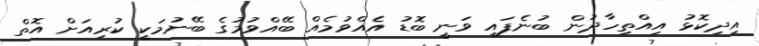
އިދިކޮޅު އިއްތިހާދުން ބުނެފައި ވަނީ ބޮޑު އެއްވުމެއް ބޭއްވުމުގެ ބޭނުމަކީ ކުރިއަށް އޮތް